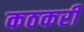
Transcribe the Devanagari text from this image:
कठकरी